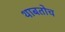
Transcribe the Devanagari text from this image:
थाबतोच